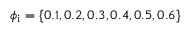
\phi _ { \mathrm { i } } = \{ 0 . 1 , 0 . 2 , 0 . 3 , 0 . 4 , 0 . 5 , 0 . 6 \}